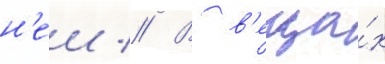
н'еи // В в'еща́х